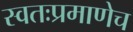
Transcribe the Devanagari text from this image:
स्वतःप्रमाणेच